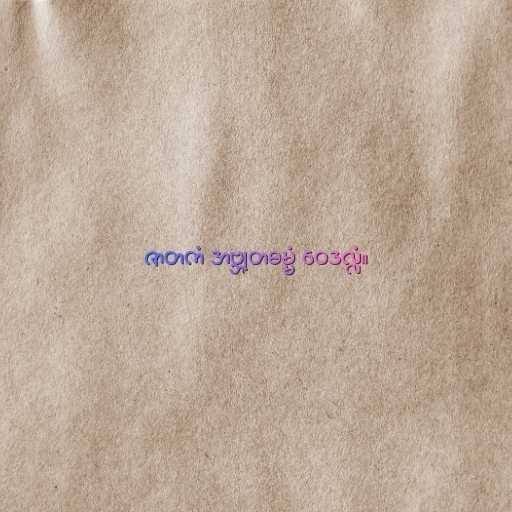
ဇာတကံ အဗ္ဘုတဓမ္မံ ဝေဒလ္လံ။